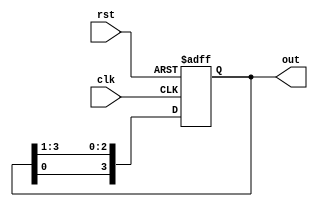
module ringc(clk,rst,out);
input clk,rst;
output reg[3:0] out;
always @(posedge clk or posedge rst ) begin
    if(rst)
    out<=4'b1000;
    else
    out<={out[0],out[3],out[2],out[1]};
end
endmodule